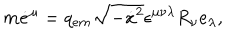
LaTeX: m \dot { e } ^ { \mu } = q _ { e m } \sqrt { - \dot { x } { } ^ { 2 } } \epsilon ^ { \mu \nu \lambda } R _ { \nu } e _ { \lambda } ,